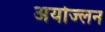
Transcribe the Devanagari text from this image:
अयोज्लन